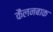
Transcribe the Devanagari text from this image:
कैलनबाक